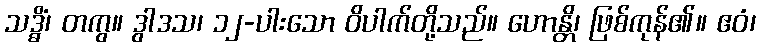
သဒ္ဓိံ၊ တကွ။ ဒွါဒသ၊ ၁၂-ပါးသော ဝိပါက်တို့သည်။ ဟောန္တိ၊ ဖြစ်ကုန်၏။ ဧဝံ၊